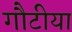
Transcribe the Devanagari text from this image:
गौटीया